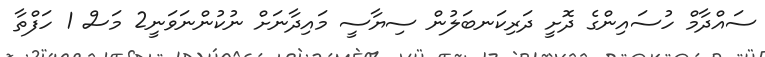
ސައްދާމް ހުސައިންގެ ދޮށީ ދަރިކަނބަލުން ސިޔާސީ މައިދާނަށް ނުކުންނަވަނީ2 މަސް 1 ހަފްތާ